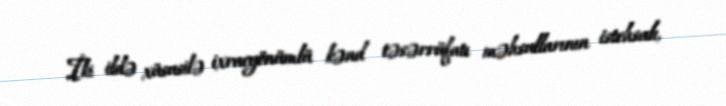
İki ildə xüsusilə ixracyönümlü kənd təsərrüfatı məhsullarının istehsalı,